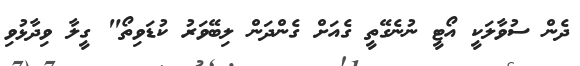
ދެން ސުވާލަކީ އޯޓީ ނުނެގޭތީ ގެއަށް ގެންދަން ލިބޭވަރު ކުޑަވިތޯ" ގީލާ ވިދާޅުވި